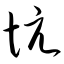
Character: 坑